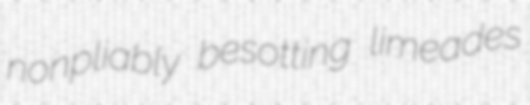
nonpliably besotting limeades